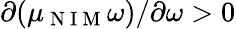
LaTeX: \partial(\mu_{\mathrm{~N~I~M~}}\omega)/\partial\omega>0